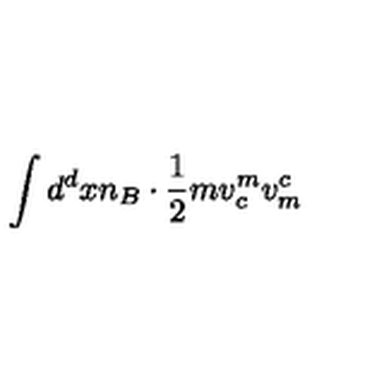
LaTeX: \int d ^ { d } x n _ { B } \cdot \frac { 1 } { 2 } m v _ { c } ^ { m } v _ { m } ^ { c }